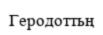
Геродоттьң